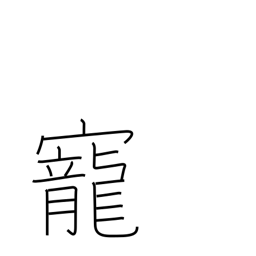
Meaning: love